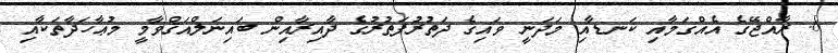
8. ރާއްޖޭގެ އެއްގަމާއި ކަނޑާއި މަދަނީ ވައިގެ ދަތުރުފަތުރުގެ ދާއިރާއިން ބައިނަލްއަޤްވާމީ މުޢާހަދާތަކާއި